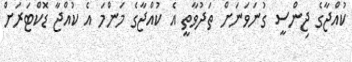
ކުއްޖާގެ ޖިންސީ ގުނަވަނަށް ތަދުވާތީ އެ ކުއްޖާގެ މަންމަ އެ ކުއްޖާ ޑޮކްޓަރަށް